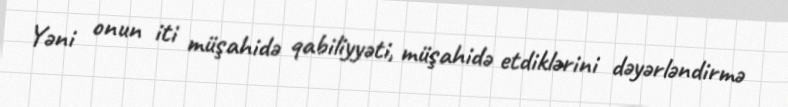
Yəni onun iti müşahidə qabiliyyəti, müşahidə etdiklərini dəyərləndirmə